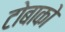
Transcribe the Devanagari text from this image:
टोबाको